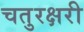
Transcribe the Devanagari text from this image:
चतुरक्षरी